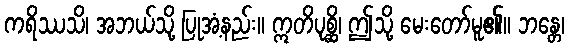
ကရိဿသိ၊ အဘယ်သို့ ပြုအံ့နည်း။ ဣတိပုစ္ဆိ၊ ဤသို့ မေးတော်မူ၏။ ဘန္တေ၊